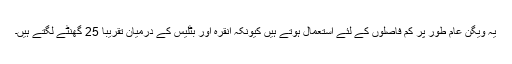
یہ ویگن عام طور پر کم فاصلوں کے لئے استعمال ہوتے ہیں کیونکہ انقرہ اور بٹلیس کے درمیان تقریبا 25 گھنٹے لگتے ہیں۔